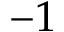
- 1